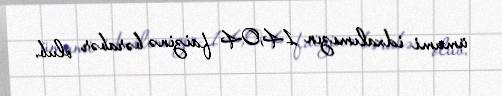
ümumi idxalımızın 14,04 faizinə bərabər olub.